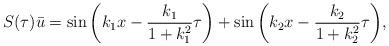
LaTeX: \begin{align*}S(\tau) \bar u=\sin\left(k_1x-\frac{k_1}{1+k_1^2}\tau\right)+\sin\left(k_2x-\frac{k_2}{1+k_2^2}\tau\right)\!,\end{align*}